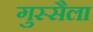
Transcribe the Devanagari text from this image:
गुस्सैला